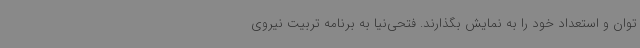
توان و استعداد خود را به نمایش بگذارند. فتحی‌نیا به برنامه تربیت نیروی